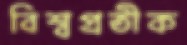
বিশ্বপ্রতীক